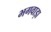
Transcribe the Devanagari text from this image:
भगवाड़ा